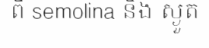
ពី semolina និង ស្ងួត